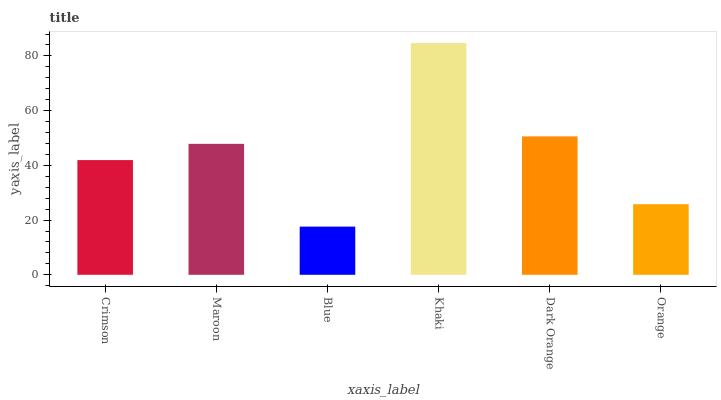
| xaxis_label | bars |
 | --- | --- |
 | Crimson | 41.9 |
 | Maroon | 47.9 |
 | Blue | 17.6 |
 | Khaki | 84.7 |
 | Dark Orange | 50.6 |
 | Orange | 25.8 |